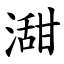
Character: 㵇